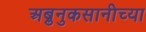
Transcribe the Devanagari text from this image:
अब्रुनुकसानीच्या